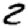
Digit: 2